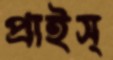
প্রাইস্